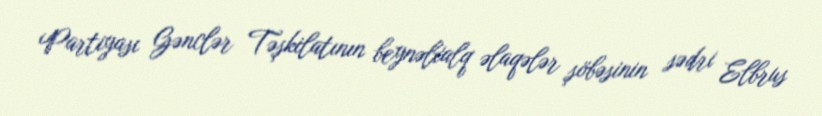
Partiyası Gənclər Təşkilatının beynəlxalq əlaqələr şöbəsinin sədri Elbrus